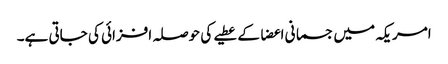
امریکہ میں جسمانی اعضا کے عطیے کی حوصلہ افزائی کی جاتی ہے۔